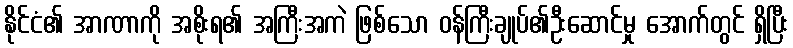
နိုင်ငံ၏ အာဏာကို အစိုးရ၏ အကြီးအကဲ ဖြစ်သော ဝန်ကြီးချုပ်၏ဦးဆောင်မှု အောက်တွင် ရှိပြီး